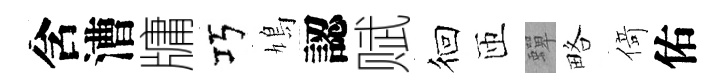
含漕牗巧鳩認赋徊匝蟬略𠋣佑